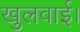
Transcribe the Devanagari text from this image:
खुलवाई।